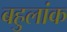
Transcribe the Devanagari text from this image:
बहुलांक